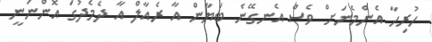
ހުރިހާ އެންމެނަށް ވެސް އެނގޭނެ ބަޔާން އާ ރެއާލް އާ ދެމެދުގަ އޮންނަނީ